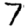
Digit: 7